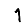
Digit: 1